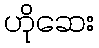
ဟိုဆေး